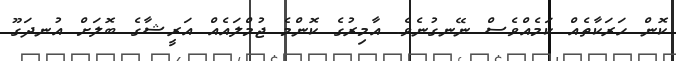
ކޮން ހަރަކާތެއް ކަމެއްވެސް ނޭނގުނެވެ. އާމިރުގެ ކޮންމެ ޖުމްލައެއް އަރީޝާގެ ބޮލަށް އުނދަގޫ